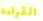
القراءه